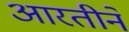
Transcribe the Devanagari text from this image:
आरतीने